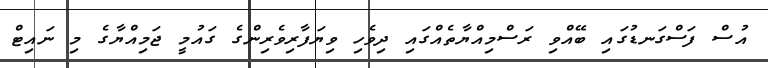
އުސް ފަސްގަނޑުގައި ބޭއްވި ރަސްމިއްޔާތެއްގައި ދިވެހި ވިޔަފާރިވެރިންގެ ގައުމީ ޖަމިއްޔާގެ މި ނައިޓް